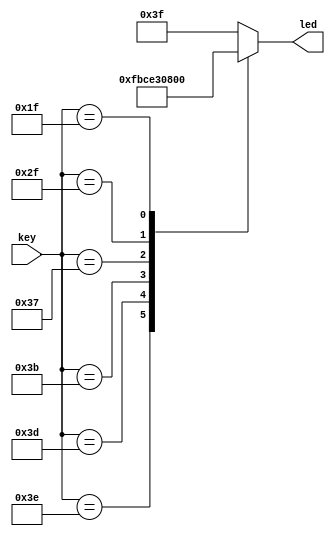
/*******************************************************************
**FPGA
**www.OurFPGA.com
**OurFPGA.taobao.com
**: OurFPGA@gmail.com
**FPGA
*************************************************************
**   2011.06.01
**     version 1.0
**   
********************************************************************/


module key_led(key,led);//
input[6:1]key;
output[6:1]led;
reg[6:1]led_r;
reg[6:1]buffer;
assign led=led_r;

always@(key)
begin
	buffer=key;
	case(buffer)
		6'b111110:led_r=6'b111110;//key1,LED1
		6'b111101:led_r=6'b111100;//key2,LED1-LED2
		6'b111011:led_r=6'b111000;//key3
		6'b110111:led_r=6'b110000;//key4
	   6'b101111:led_r=6'b100000;//key5
	   6'b011111:led_r=6'b000000;//key6
	    
		default:led_r=6'b111111;
	endcase
end
endmodule